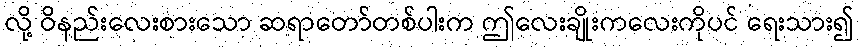
လို့ ဝိနည်းလေးစားသော ဆရာတော်တစ်ပါးက ဤလေးချိုးကလေးကိုပင် ရေးသား၍